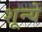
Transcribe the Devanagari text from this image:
शून्ये